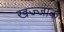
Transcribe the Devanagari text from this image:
खज्जाक